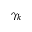
\gamma _ { k }